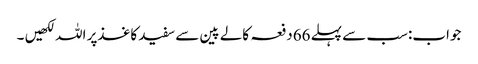
جواب:سب سے پہلے 66دفعہ کالے پین سے سفید کاغذپر اللہ لکھیں ۔